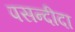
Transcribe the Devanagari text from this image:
पसन्‍दीदा